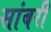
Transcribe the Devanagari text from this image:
सांबरी